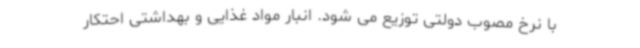
با نرخ مصوب دولتی توزیع می شود. انبار مواد غذایی و بهداشتی احتکار